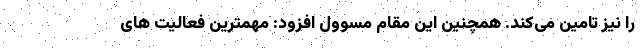
را نیز تامین می‌کند. همچنین این مقام مسوول افزود: مهمترین فعالیت های